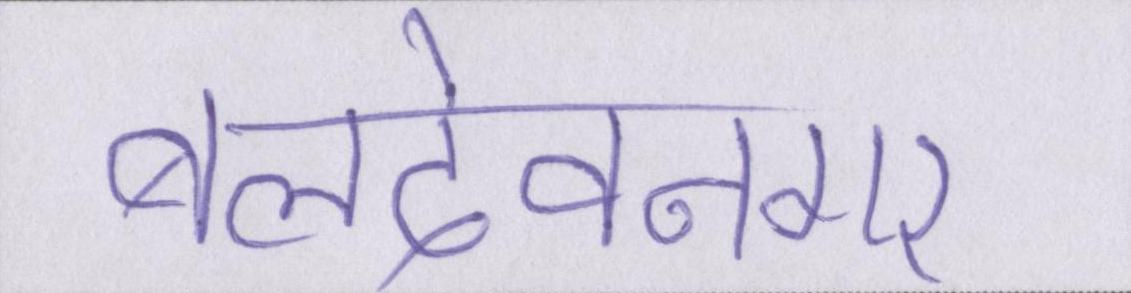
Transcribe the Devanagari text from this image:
बलदेवनगर